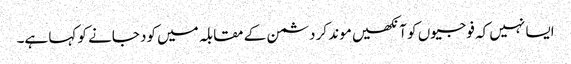
ایسا نہیں کہ فوجیوں کو آنکھیں موند کر دشمن کے مقابلہ میں کود جانے کو کہا ہے۔